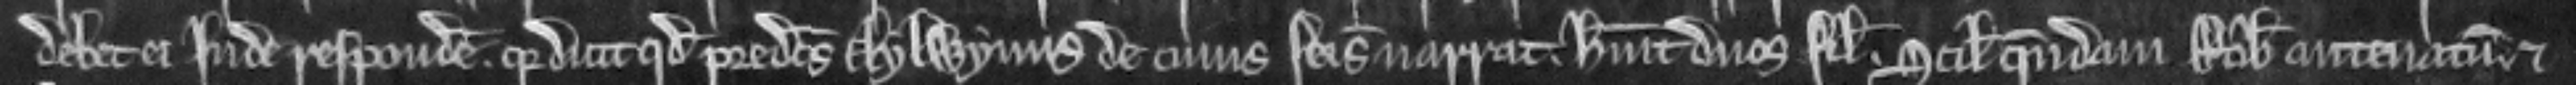
debet ei inde respondere. quia dicit quod predictus Aylwynus de cujus seisina narrat. habuit duos filios. scilicet quendam Robertum antenatum et